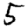
Digit: 5